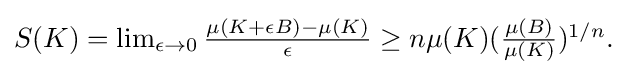
{\textstyle S(K)=\lim _{\epsilon \to 0}{\frac {\mu (K+\epsilon B)-\mu (K)}{\epsilon }}\geq n\mu (K)({\frac {\mu (B)}{\mu (K)}})^{1/n}.}